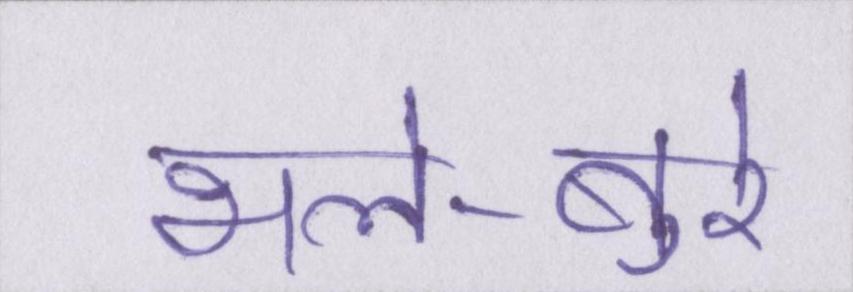
भले-बुरे